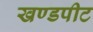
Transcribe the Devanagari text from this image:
खण्डपीट